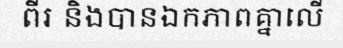
ពីរ និងបានឯកភាពគ្នាលើ